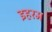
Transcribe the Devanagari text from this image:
इहरम